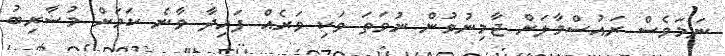
ނަމަވެސް ރައުސްމާލަށް ޖާމިނުވުން ނުވަތަ ވަކި ވަރެއް ފައިދާ ވާނެ ކަމަށް މުޟާރިބު